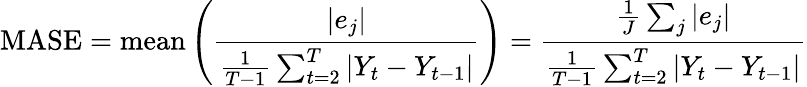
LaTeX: \mathrm{MASE}=\mathrm{mean}\left({\frac{\left|e_{j}\right|}{{\frac{1}{T-1}}\sum_{t=2}^{T}\left|Y_{t}-Y_{t-1}\right|}}\right)={\frac{{\frac{1}{J}}\sum_{j}\left|e_{j}\right|}{{\frac{1}{T-1}}\sum_{t=2}^{T}\left|Y_{t}-Y_{t-1}\right|}}